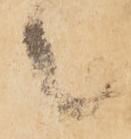
々